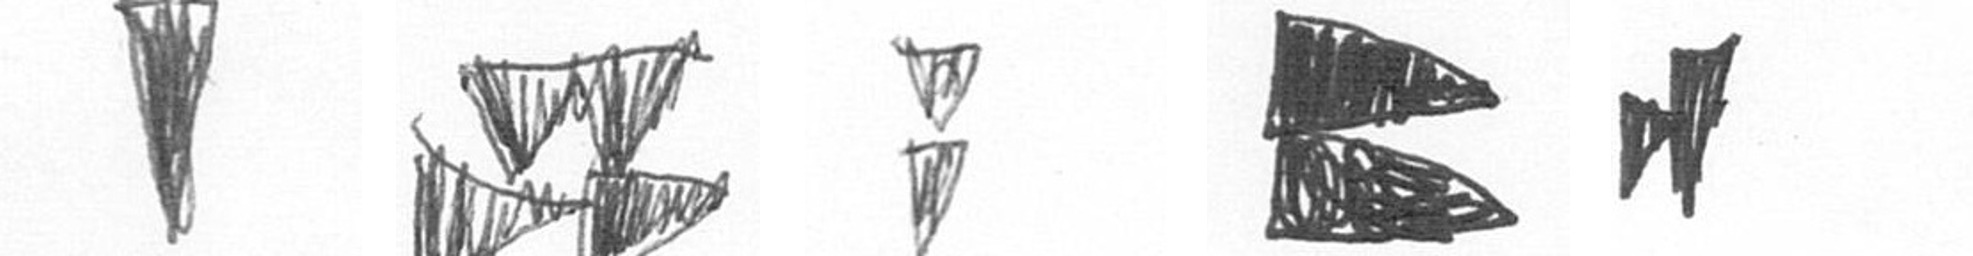
J B Z P M